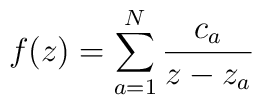
f(z)=\sum_{a=1}^N {c_a\over z-z_a}